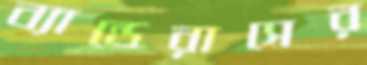
ব্যান্ডেরাসের